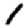
Digit: 1